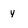
Character: y